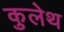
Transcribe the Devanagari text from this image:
कुलेथ